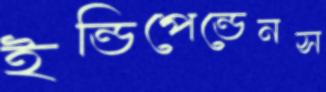
ইন্ডিপেন্ডেনস